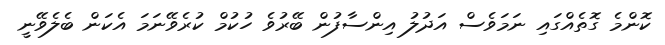
ކޮންމެ ގޮތެއްގައި ނަމަވެސް އަދުލު އިންސާފުން ބޭރުވެ ހުކުމް ކުރެވޭނަމަ އެކަން ބެލެވޭނީ